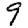
Digit: 9